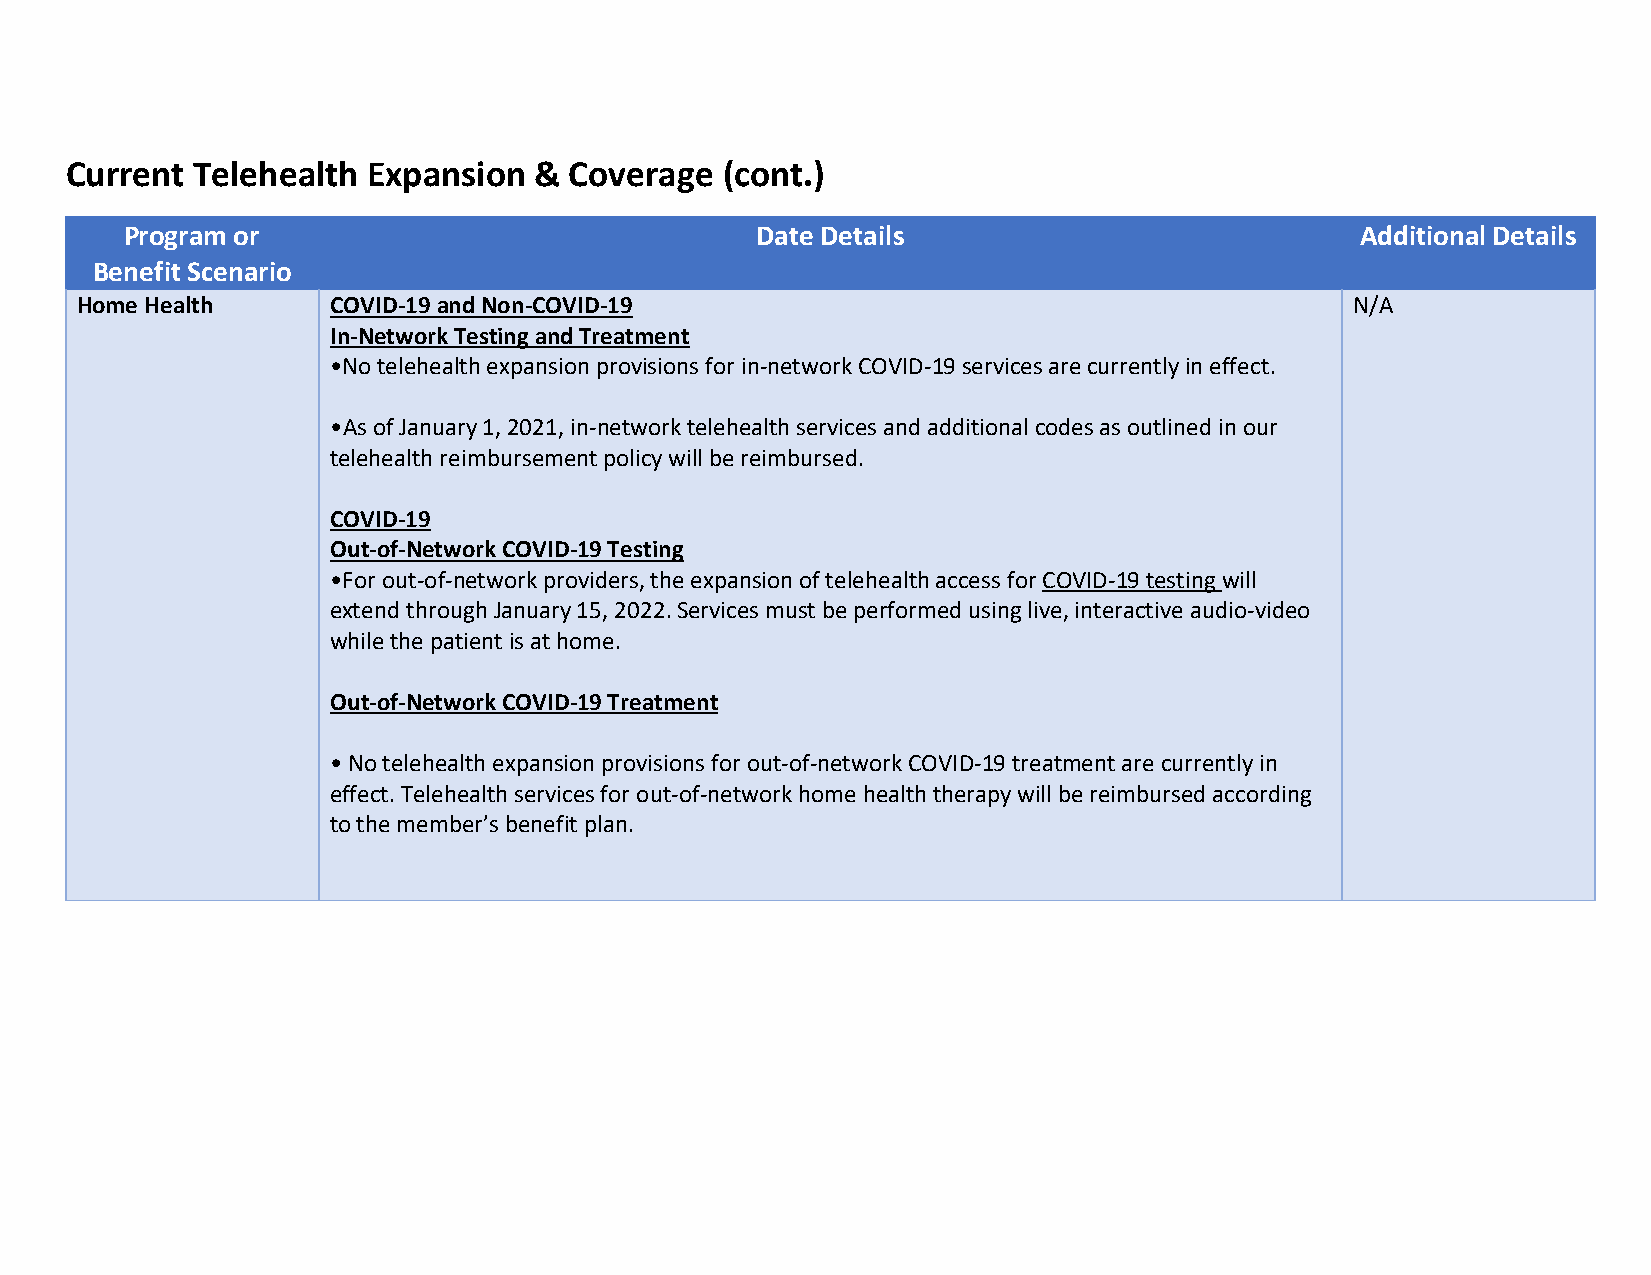
Current  Telehealth Expansion  &  Coverage  (cont.)
 Program or                                Date Details                            Additional Details
 Benefit Scenario
 Home Health      COVID-19 and Non-COVID-19                                          N/A
 In-Network Testing and Treatment
 •No telehealth expansion provisions for in-network COVID-19 services are currently in effect.
 •As of January 1, 2021, in-network telehealth services and additional codes as outlined in our
 telehealth reimbursement policy will be reimbursed.
 COVID-19
 Out-of-Network COVID-19 Testing
 •For out-of-network providers, the expansion of telehealth access for COVID-19 testing will
 extend through January 15, 2022. Services must be performed using live, interactive audio-video
 while the patient is at home.
 Out-of-Network COVID-19 Treatment
 • No telehealth expansion provisions for out-of-network COVID-19 treatment are currently in
 effect. Telehealth services for out-of-network home health therapy will be reimbursed according
 to the member’s benefit plan.